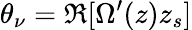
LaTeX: \theta_{\nu}=\Re[\Omega^{\prime}(z)z_{s}]